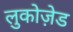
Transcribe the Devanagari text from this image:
लुकोज़ेड